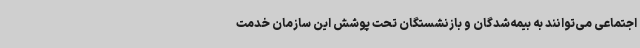
اجتماعی می‌توانند به بیمه‌شدگان و بازنشستگان تحت پوشش این سازمان خدمت